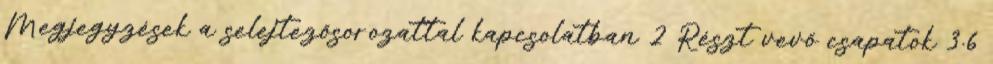
Megjegyzések a selejtezősorozattal kapcsolatban 2 Részt vevő csapatok 3.6